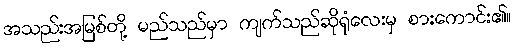
အသည်းအမြစ်တို့ မည်သည်မှာ ကျက်သည်ဆိုရုံလေးမှ စားကောင်း၏။